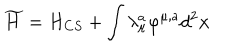
\widetilde { H } = H _ { C S } + \int \lambda _ { \mu } ^ { a } \varphi ^ { \mu , a } d ^ { 2 } { \bf x }